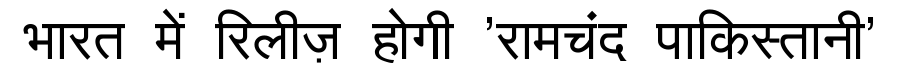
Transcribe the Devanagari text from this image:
भारत में रिलीज़ होगी 'रामचंद पाकिस्तानी'